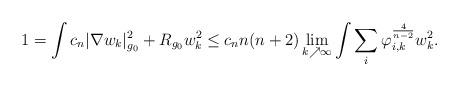
LaTeX: \begin{align*}1=\int c_{n}\vert \nabla w_{k}\vert^{2}_{g_{0}}+R_{g_{0}}w_{k}^{2}\leq c_{n}n(n+2)\lim_{k\nearrow \infty}\int\sum_{i}\varphi_{i,k}^{\frac{4}{n-2}}w_{k}^{2}.\end{align*}